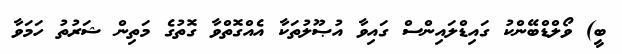
ބީ) ވޯލްޑްބޭންކު ގައިޑްލައިންސް ގައިވާ އުޞޫލުތަކާ އެއްގޮތްވާ ގޮތުގެ މަތިން ޝަރުތު ހަމަވާ